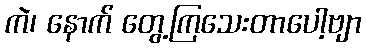
ကဲ၊ နောက် တွေ့ကြသေးတာပေါ့ဗျာ